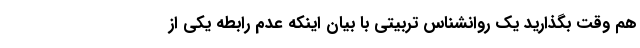
هم وقت بگذارید یک روانشناس تربیتی با بیان اینکه عدم رابطه یکی از